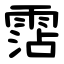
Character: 霑